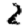
Digit: 2